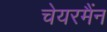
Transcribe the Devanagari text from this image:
चेयरमैंन